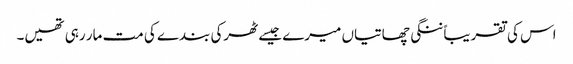
اس کی تقریباً ننگی چھاتیاں میرے جیسے ٹھرکی بندے کی مت مار رہی تھیں۔